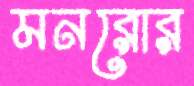
মনরোর